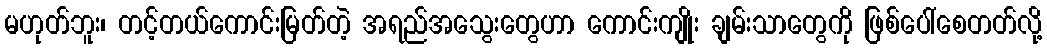
မဟုတ်ဘူး၊ တင့်တယ်ကောင်းမြတ်တဲ့ အရည်အသွေးတွေဟာ ကောင်းကျိုး ချမ်းသာတွေကို ဖြစ်ပေါ်စေတတ်လို့